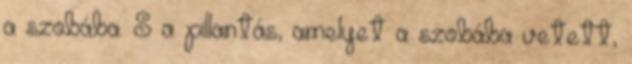
a szobába. S a pillantás, amelyet a szobába vetett,